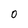
Character: 0